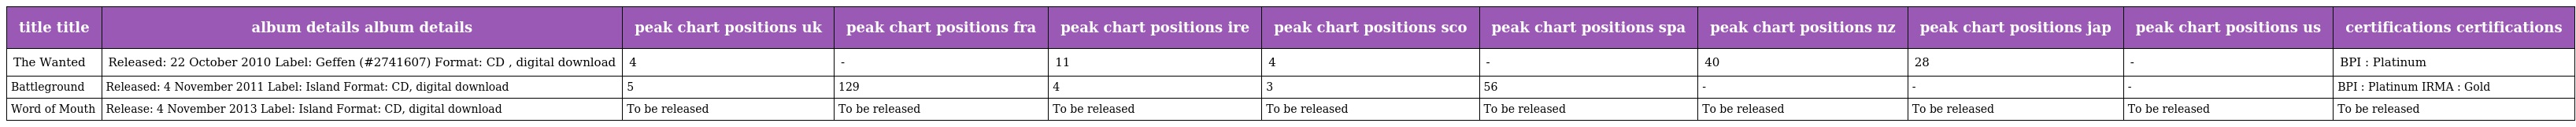
| title title | album details album details | peak chart positions uk | peak chart positions fra | peak chart positions ire | peak chart positions sco | peak chart positions spa | peak chart positions nz | peak chart positions jap | peak chart positions us | certifications certifications |
 | --- | --- | --- | --- | --- | --- | --- | --- | --- | --- | --- |
 | The Wanted | Released: 22 October 2010 Label: Geffen (#2741607) Format: CD , digital download | 4 | - | 11 | 4 | - | 40 | 28 | - | BPI : Platinum |
 | Battleground | Released: 4 November 2011 Label: Island Format: CD, digital download | 5 | 129 | 4 | 3 | 56 | - | - | - | BPI : Platinum IRMA : Gold |
 | Word of Mouth | Release: 4 November 2013 Label: Island Format: CD, digital download | To be released | To be released | To be released | To be released | To be released | To be released | To be released | To be released | To be released |